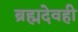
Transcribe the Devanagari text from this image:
ब्रह्मदेवही